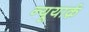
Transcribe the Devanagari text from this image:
न्यूयार्क़